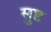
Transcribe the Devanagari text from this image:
सुष्ट